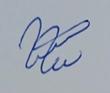
Signature authenticity: genuine